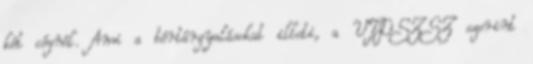
két cégnél. Ami a bértárgyalásokat illeti, a VTDSZSZ szerint